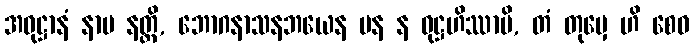
အဝုဋ္ဌာနံ နာမ နတ္ထိ, ဘောဂနာသနဘယေန ပန န ဝုဋ္ဌဟိဿာမိ, တံ တုမှေ ဟိ စေဝ